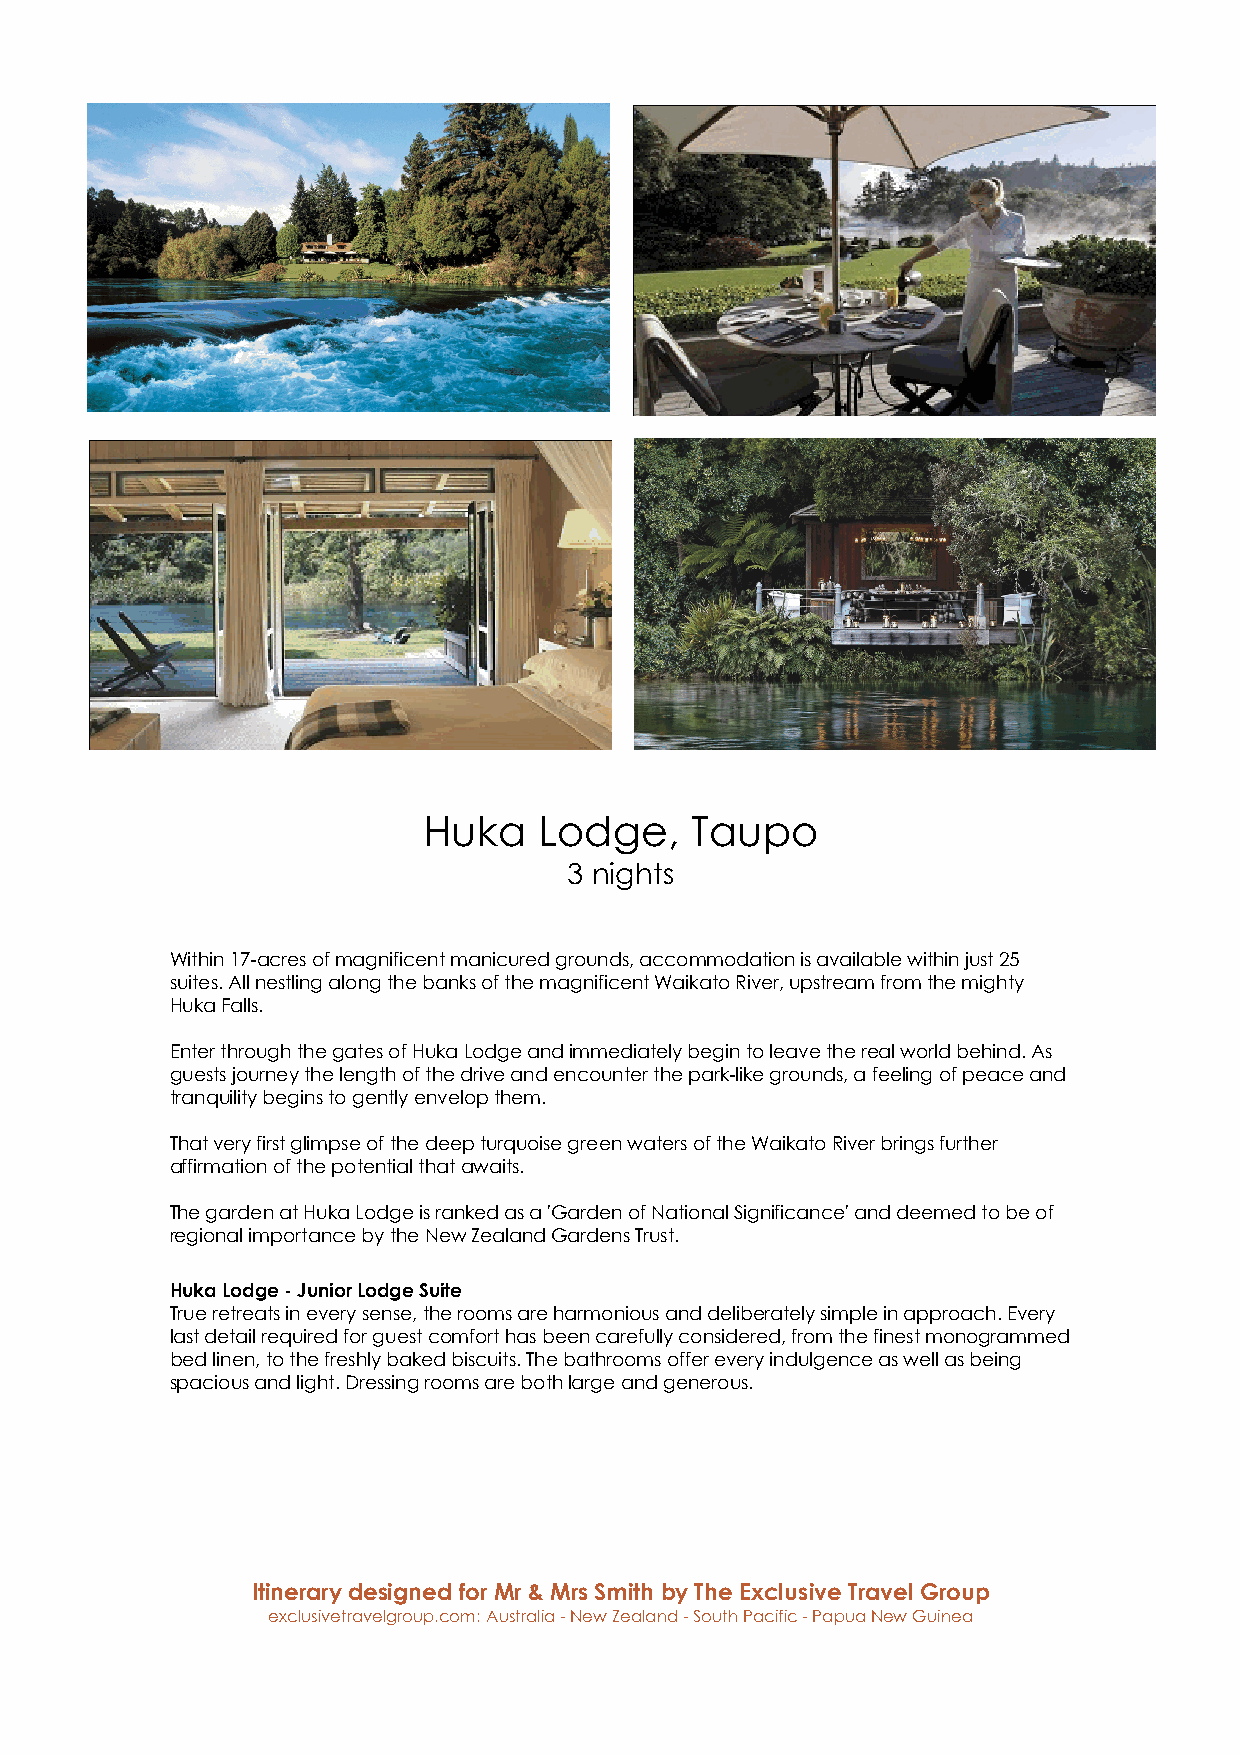
Huka    Lodge,    Taupo
 3 nights
 Within 17-acres of magnificent manicured grounds, accommodation is available within just 25
 suites. All nestling along the banks of the magnificent Waikato River, upstream from the mighty
 Huka Falls.
 Enter through the gates of Huka Lodge and immediately begin to leave the real world behind. As
 guests journey the length of the drive and encounter the park-like grounds, a feeling of peace and
 tranquility begins to gently envelop them.
 That very first glimpse of the deep turquoise green waters of the Waikato River brings further
 affirmation of the potential that awaits.
 The garden at Huka Lodge is ranked as a 'Garden of National Significance' and deemed to be of
 regional importance by the New Zealand Gardens Trust.
 Huka Lodge - Junior Lodge Suite
 True retreats in every sense, the rooms are harmonious and deliberately simple in approach. Every
 last detail required for guest comfort has been carefully considered, from the finest monogrammed
 bed linen, to the freshly baked biscuits. The bathrooms offer every indulgence as well as being
 spacious and light. Dressing rooms are both large and generous.
 Itinerary designed for Mr & Mrs Smith by The Exclusive Travel Group
 exclusivetravelgroup.com: Australia - New Zealand - South Pacific - Papua New Guinea